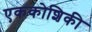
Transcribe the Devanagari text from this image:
एककोशिकी